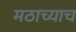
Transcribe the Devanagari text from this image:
मठाच्याच